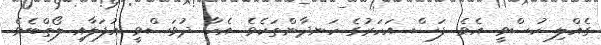
ގެއްލި ހުސްވީ އެވެ. ފަސް އަހަރުގެ ހަނދާންތަކެވެ. އެހާ ދުވަސްވީ އުފަލާއި ލޯތްބެވެ.